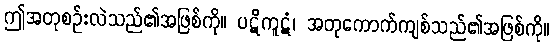
ဤအတုစဉ်းလဲသည်၏အဖြစ်ကို။ ပဋိကူဋံ၊ အတုကောက်ကျစ်သည်၏အဖြစ်ကို။